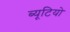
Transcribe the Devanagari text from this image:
ब्यूटियो